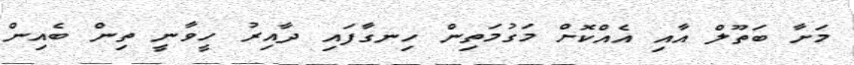
މަށާ ބަތޫލް އާއި އެއްކޮށް މަގުމަތިން ހިނގާފައި ދާއިރު ހީވާނީ ތިން ބެއިން